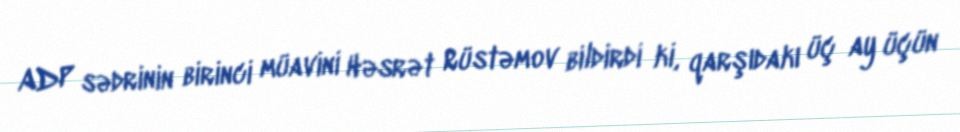
ADP sədrinin birinci müavini Həsrət Rüstəmov bildirdi ki, qarşıdakı üç ay üçün